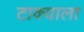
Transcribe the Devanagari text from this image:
टाक्याला